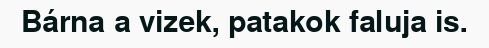
Bárna a vizek, patakok faluja is.